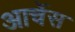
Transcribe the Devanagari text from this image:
आर्चेस